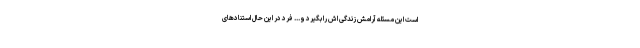
است این مسئله آرامش زندگی اش را بگیرد و... فرد در این حال استنادهای